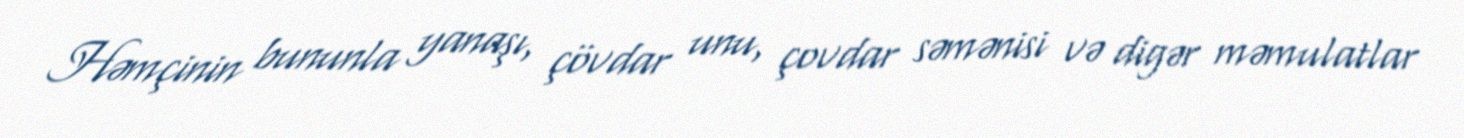
Həmçinin bununla yanaşı, çövdar unu, çovdar səmənisi və digər məmulatlar